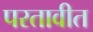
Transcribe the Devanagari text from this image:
परतावीत